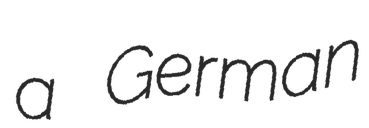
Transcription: a German